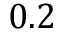
0 . 2